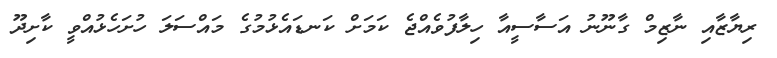
ރިޔާޒާއި ނާޒިމް ގާނޫނު އަސާސީއާ ހިލާފުވެއްޖެ ކަމަށް ކަނޑައެޅުމުގެ މައްސަލަ ހުށަހެޅުއްވީ ކާށިދޫ